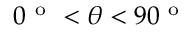
0 ^ { \mathrm { ~ o ~ } } < \theta < 9 0 ^ { \mathrm { ~ o ~ } }